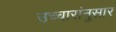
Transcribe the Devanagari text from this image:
उच्चारांनुसार